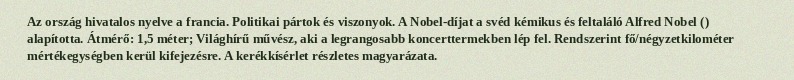
Az ország hivatalos nyelve a francia. Politikai pártok és viszonyok. A Nobel-díjat a svéd kémikus és feltaláló Alfred Nobel () alapította. Átmérő: 1,5 méter; Világhírű művész, aki a legrangosabb koncerttermekben lép fel. Rendszerint fő/négyzetkilométer mértékegységben kerül kifejezésre. A kerékkísérlet részletes magyarázata.